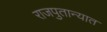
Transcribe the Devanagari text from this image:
राजपुतान्यात